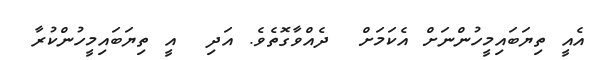
އެއީ ތިޔަބައިމީހުންނަށް އެކަމަށް  ދެއްވާގޮތެވެ. އަދި  އީ ތިޔަބައިމީހުންކުރާ